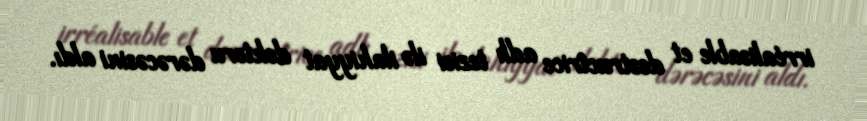
irréalisable et destructrice adlı tezisi ilə ilahiyyat doktoru dərəcəsini aldı.